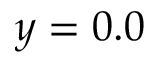
y = 0 . 0